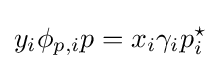
y_{i}\phi _{p,i}p=x_{i}\gamma _{i}p_{i}^{\star }